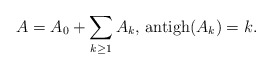
\begin{align*}A=A_0+\sum_{k\geq 1}A_k\hbox{, antigh}(A_k)=k.\end{align*}